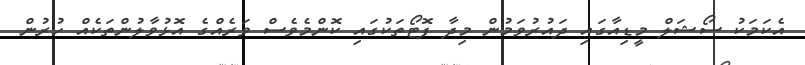
އެކަމަކު ސޯޝަލް މީޑިއާގައި ދައުރުވަމުން މިދާ ފޮޓޯތަކުގައި ކޮންމެވެސް ވަރެއްގެ އޮޅުވާލުންތަކެއް ހުރުން